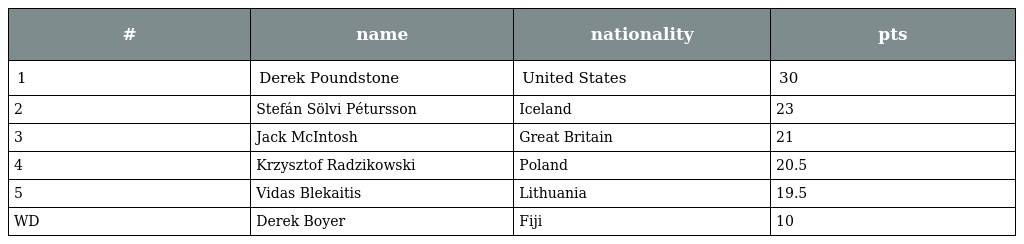
| # | name | nationality | pts |
 | --- | --- | --- | --- |
 | 1 | Derek Poundstone | United States | 30 |
 | 2 | Stefán Sölvi Pétursson | Iceland | 23 |
 | 3 | Jack McIntosh | Great Britain | 21 |
 | 4 | Krzysztof Radzikowski | Poland | 20.5 |
 | 5 | Vidas Blekaitis | Lithuania | 19.5 |
 | WD | Derek Boyer | Fiji | 10 |